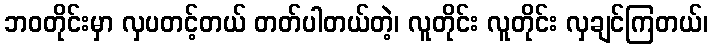
ဘဝတိုင်းမှာ လှပတင့်တယ် တတ်ပါတယ်တဲ့၊ လူတိုင်း လူတိုင်း လှချင်ကြတယ်၊